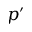
p ^ { \prime }